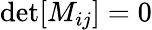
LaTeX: \mathrm{det}[M_{ij}]=0